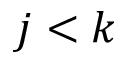
j < k